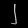
Digit: ၂